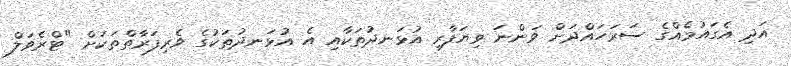
އަދި އެގައުމެއްގެ ސަރަހައްދަށް ވަންނަ ވިޔަފާރި އުޅަނދުތަކާއި އެ އުޅަނދުތަކުގެ ވެރިފަރާތްތަކަށް "ޓްރެވަލް